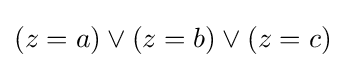
(z=a)\lor (z=b)\lor (z=c)